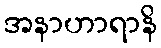
အနာဟာရာနိ